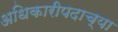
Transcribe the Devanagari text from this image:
अधिकारीपदाच्या